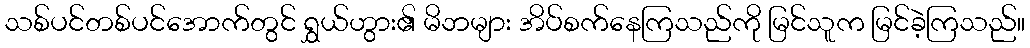
သစ်ပင်တစ်ပင်အောက်တွင် ရွှယ်ဟွား၏ မိဘများ အိပ်စက်နေကြသည်ကို မြင်သူက မြင်ခဲ့ကြသည်။